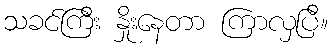
သခင်ကြီး နှိုးနေတာ ကြာလှပြီ။